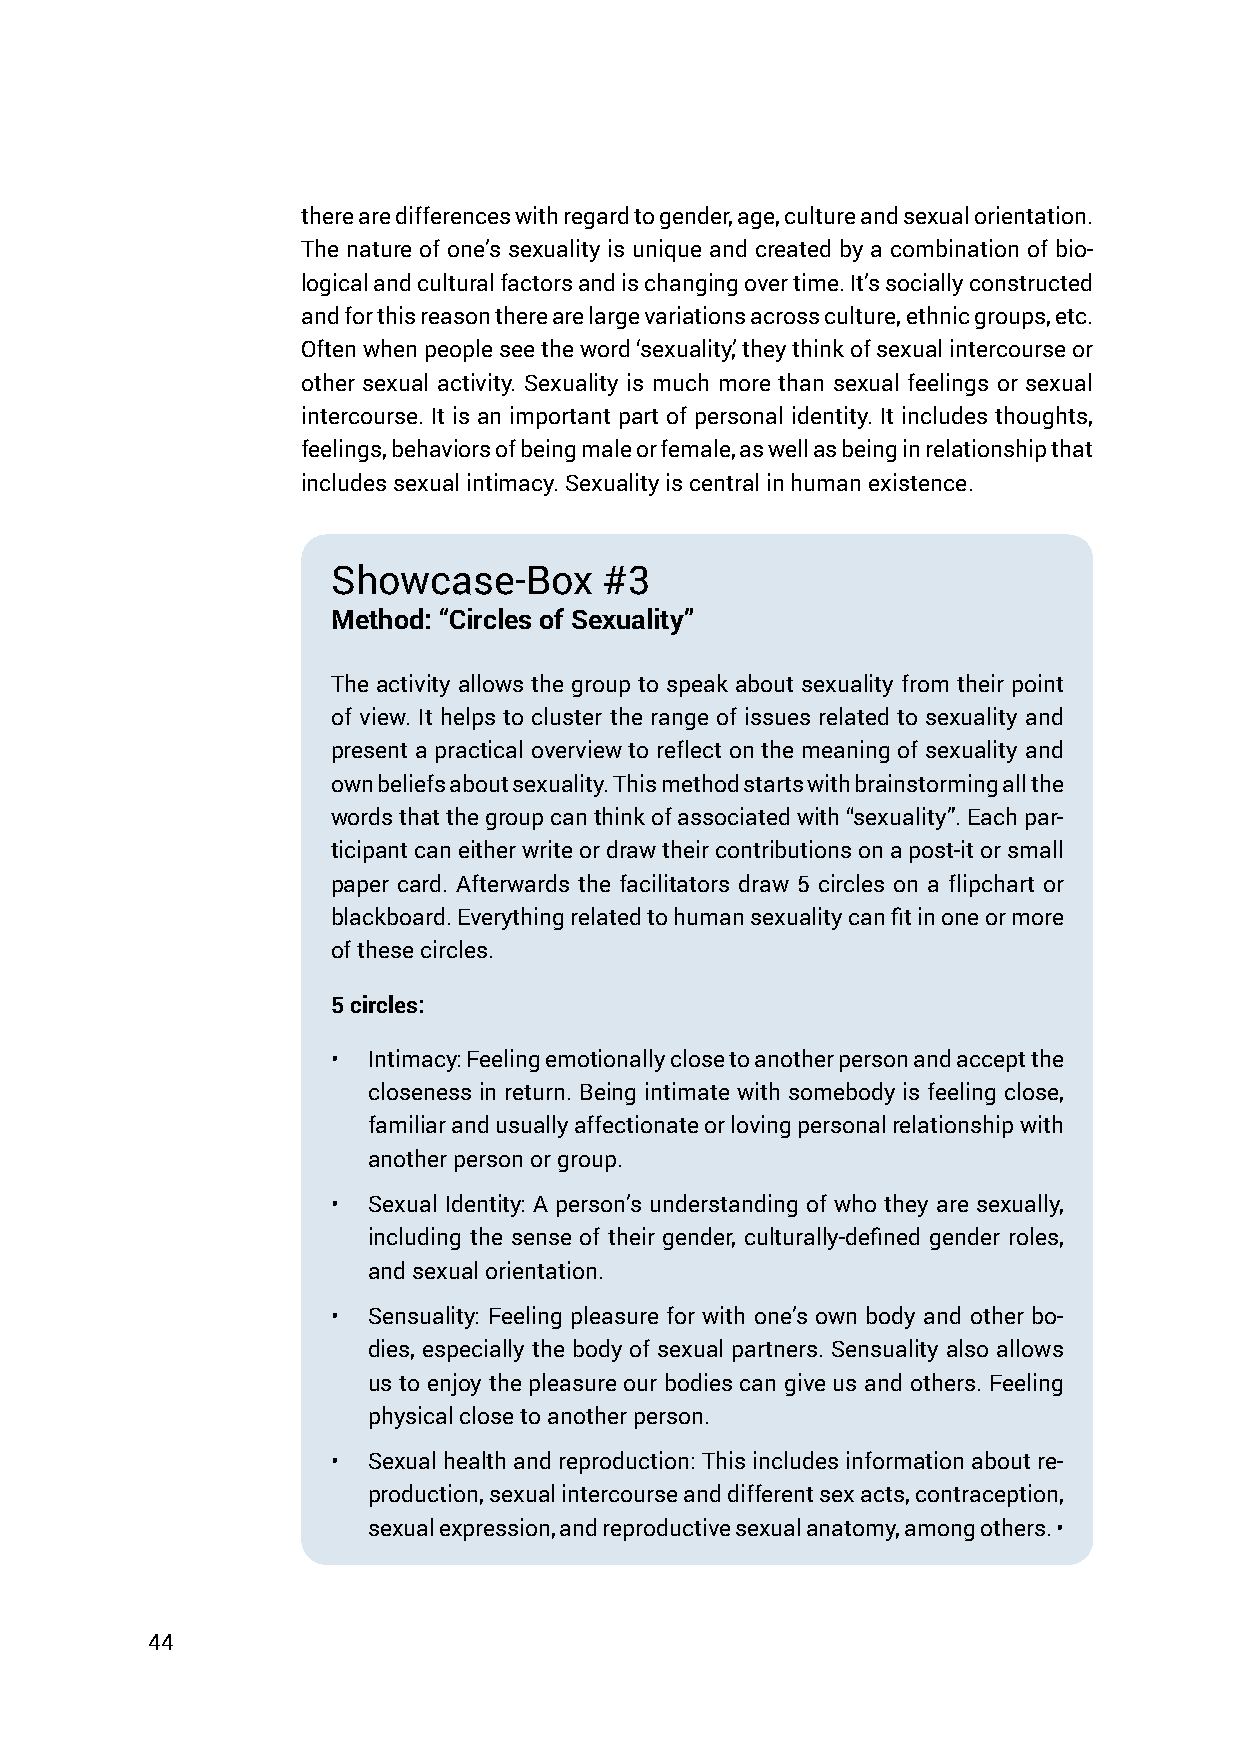
there are differences with regard to gender, age, culture and sexual orientation.
 The nature of one’s sexuality is unique and created by a combination of bio-
 logical and cultural factors and is changing over time. It’s socially constructed
 and for this reason there are large variations across culture, ethnic groups, etc.
 Often when people see the word ‘sexuality,’ they think of sexual intercourse or
 other sexual activity. Sexuality is much more than sexual feelings or sexual
 intercourse. It is an important part of personal identity. It includes thoughts,
 feelings, behaviors of being male or female, as well as being in relationship that
 includes sexual intimacy. Sexuality is central in human existence.
 Showcase-Box      #3
 Method: “Circles of Sexuality”
 The activity allows the group to speak about sexuality from their point
 of view. It helps to cluster the range of issues related to sexuality and
 present a practical overview to reflect on the meaning of sexuality and
 own beliefs about sexuality. This method starts with brainstorming all the
 words that the group can think of associated with “sexuality”. Each par-
 ticipant can either write or draw their contributions on a post-it or small
 paper card. Afterwards the facilitators draw 5 circles on a flipchart or
 blackboard. Everything related to human sexuality can fit in one or more
 of these circles.
 5 circles:
 • Intimacy: Feeling emotionally close to another person and accept the
 closeness in return. Being intimate with somebody is feeling close,
 familiar and usually affectionate or loving personal relationship with
 another person or group.
 • Sexual Identity: A person’s understanding of who they are sexually,
 including the sense of their gender, culturally-defined gender roles,
 and sexual orientation.
 • Sensuality: Feeling pleasure for with one’s own body and other bo-
 dies, especially the body of sexual partners. Sensuality also allows
 us to enjoy the pleasure our bodies can give us and others. Feeling
 physical close to another person.
 • Sexual health and reproduction: This includes information about re-
 production, sexual intercourse and different sex acts, contraception,
 sexual expression, and reproductive sexual anatomy, among others. •
 44